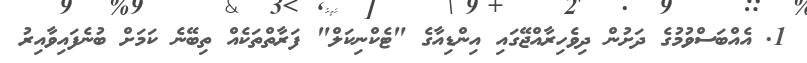
1. އެއްބަސްވުމުގެ ދަށުން ދިވެހިރާއްޖޭގައި އިންޑިއާގެ "ޓެކްނިކަލް" ފަރާތްތަކެއް ތިބޭނެ ކަމަށް ބުނެފައިވާއިރު